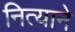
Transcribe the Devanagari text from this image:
नित्याने